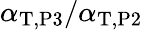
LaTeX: \alpha_{\mathrm{T},\mathrm{P3}}/\alpha_{\mathrm{T},\mathrm{P2}}